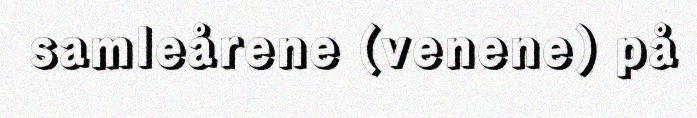
samleårene (venene) på